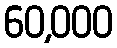
60,000